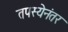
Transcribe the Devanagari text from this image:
तपस्येनंतर